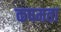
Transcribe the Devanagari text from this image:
कषमता